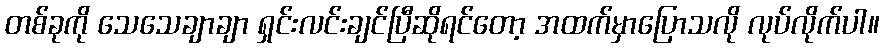
တစ်ခုကို သေသေချာချာ ရှင်းလင်းချင်ပြီဆိုရင်တော့ အထက်မှာပြောသလို လုပ်လိုက်ပါ။